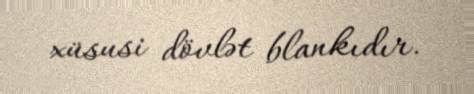
xüsusi dövlət blankıdır.